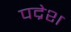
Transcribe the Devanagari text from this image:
पद्रेश